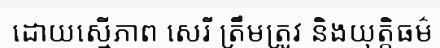
ដោយស្មើភាព សេរី ត្រឹមត្រូវ និងយុត្តិធម៌